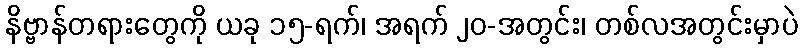
နိဗ္ဗာန်တရားတွေကို ယခု ၁၅-ရက်၊ အရက် ၂၀-အတွင်း၊ တစ်လအတွင်းမှာပဲ